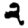
Digit: 2